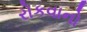
રોકવાનો